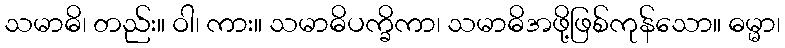
သမာဓိ၊ တည်း။ ဝါ၊ ကား။ သမာဓိပက္ခိကာ၊ သမာဓိအဖို့ဖြစ်ကုန်သော။ ဓမ္မာ၊